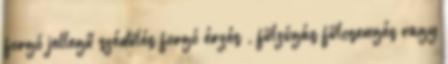
forgó jellegű szédülés forgó érzés , fülzúgás fülcsengés vagy